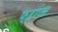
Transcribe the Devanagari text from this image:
फ्ऱांज